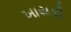
ખાયકી